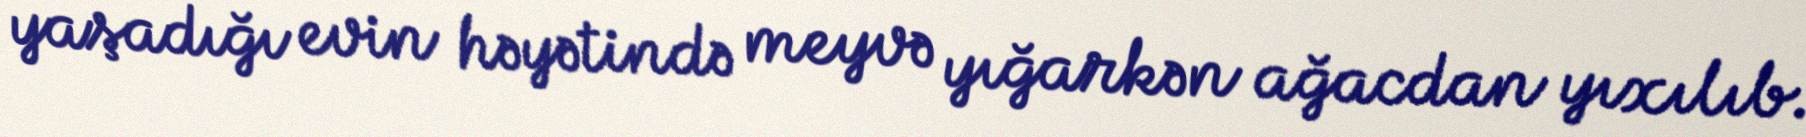
yaşadığı evin həyətində meyvə yığarkən ağacdan yıxılıb.